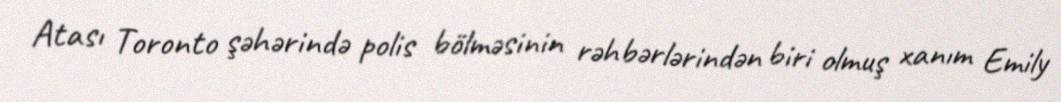
Atası Toronto şəhərində polis bölməsinin rəhbərlərindən biri olmuş xanım Emily